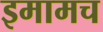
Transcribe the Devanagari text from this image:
इमामच